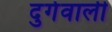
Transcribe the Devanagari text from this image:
दुर्गवाली